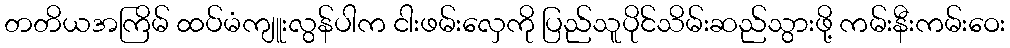
တတိယအကြိမ် ထပ်မံကျူးလွန်ပါက ငါးဖမ်းလှေကို ပြည်သူပိုင်သိမ်းဆည်သွားဖို့ ကမ်းနီးကမ်းဝေး